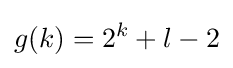
g(k)=2^{k}+l-2